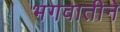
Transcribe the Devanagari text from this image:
भगवातीने